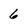
Character: 6